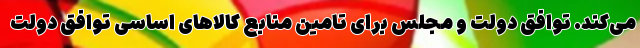
می‌کند. توافق دولت و مجلس برای تامین منابع کالا‌های اساسی توافق دولت